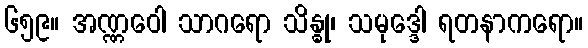
၆၅၉။ အဏ္ဏဝေါ သာဂရော သိန္ဓု၊ သမုဒ္ဒေါ ရတနာကရော။